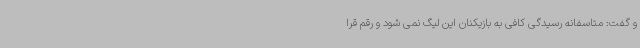
و گفت: متاسفانه رسیدگی کافی به بازیکنان این لیگ نمی شود و رقم قرا